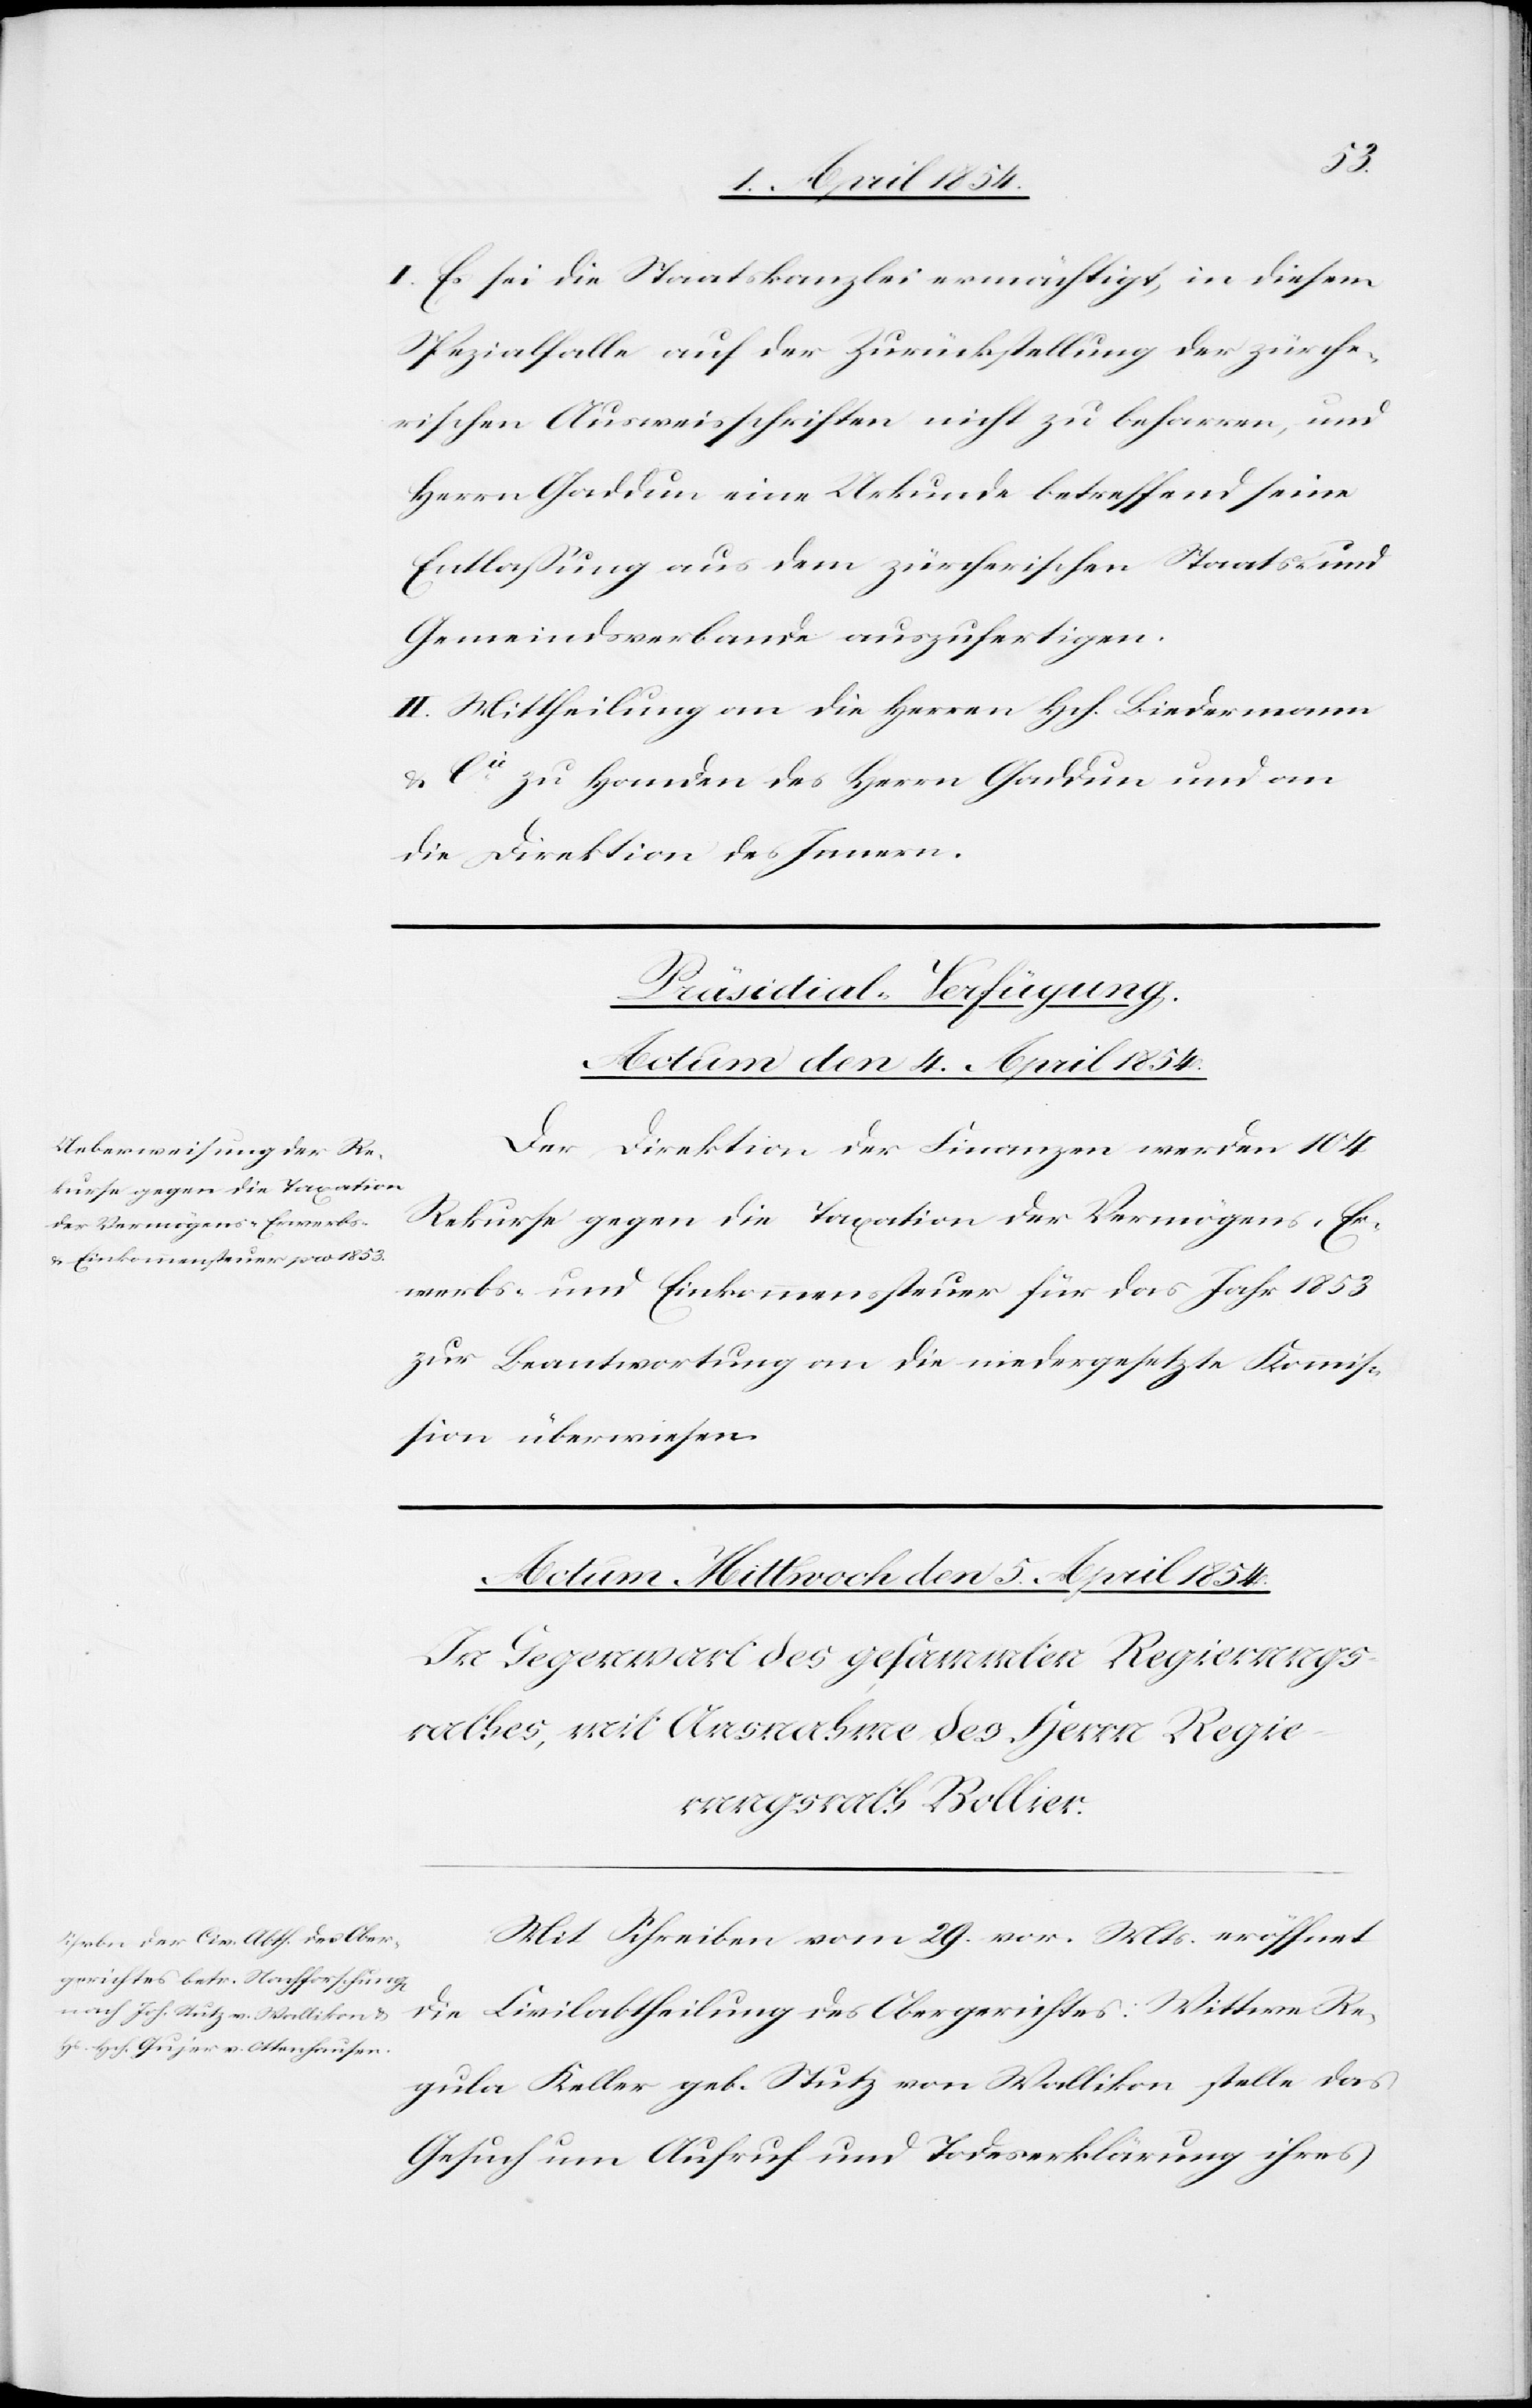
I. Es sei die Staatskanzlei ermächtigt, in diesem
Spezialfalle auf der Zurückstellung der zürche¬
rischen Ausweisschriften nicht zu beharren, und
Herrn Gaddun eine Urkunde betreffend seine
Entlaßung aus dem zürcherischen Staats- und
Gemeindsverbande auszufertigen.
II. Mittheilung an die Herren Hch. Biedermann
& Cie zu Handen des Herrn Gaddun und an
die Direktion des Innern.
Präsidial-Verfügung.
Actum den 4. März 1854.
Der Direktion der Finanzen werden 104
Rekurse gegen die Taxation der Vermögens-[,] Er¬
werbs- und Einkommenssteuer für das Jahr 1853
zur Beantwortung an die niedergesetzte Kommis¬
sion überwiesen.
Mit Schreiben vom 29. vor. Mts. eröffnet
die Civilabtheilung des Obergerichtes: Wittwe Re¬
gula Keller geb. Stutz von Wallikon stelle das
Gesuch um Aufruf und Todeserklärung ihres